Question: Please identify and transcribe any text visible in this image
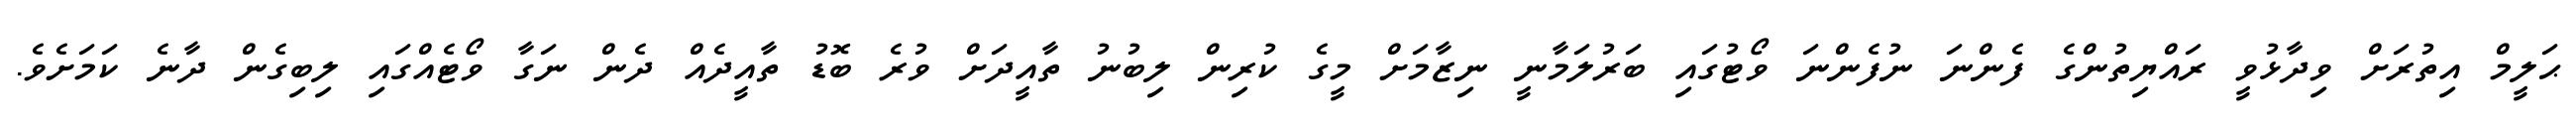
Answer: ޙަލީމް އިތުރަށް ވިދާޅުވީ ރައްޔިތުންގެ ފެންނަ ނުފެންނަ ވޯޓުގައި ބަރުލަމާނީ ނިޒާމަށް މީގެ ކުރިން ލިބުނު ތާއީދަށް ވުރެ ބޮޑު ތާއީދެއް ދެން ނަގާ ވޯޓެއްގައި ލިބިގެން ދާނެ ކަމަށެވެ.